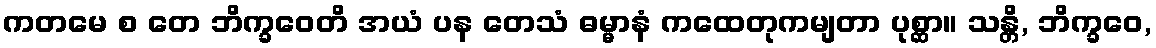
ကတမေ စ တေ ဘိက္ခဝေတိ အယံ ပန တေသံ ဓမ္မာနံ ကထေတုကမျတာ ပုစ္ဆာ။ သန္တိ, ဘိက္ခဝေ,